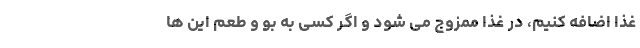
غذا اضافه کنیم، در غذا ممزوج می شود و اگر کسی به بو و طعم این ها